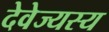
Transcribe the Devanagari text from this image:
देवेज्यस्य